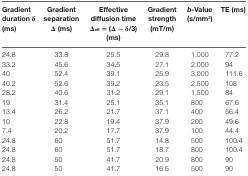
| Gradient duration δ (ms) | Gradient separation Δ (ms) | Effective diffusion time Δeff = (Δ − δ/3) (ms) | Gradient strength (mT/m) | b-Value (s/mm2) | TE (ms) |
 | --- | --- | --- | --- | --- | --- |
 | 24.8 | 33.8 | 25.5 | 29.8 | 1,000 | 77.2 |
 | 33.2 | 45.6 | 34.5 | 27.1 | 2,000 | 94 |
 | 40 | 52.4 | 39.1 | 25.9 | 3,000 | 111.6 |
 | 40.2 | 52.6 | 39.2 | 23.5 | 2,500 | 108 |
 | 28.2 | 40.6 | 31.2 | 29.1 | 1,500 | 84 |
 | 19 | 31.4 | 25.1 | 35.1 | 800 | 67.6 |
 | 13.4 | 26.2 | 21.7 | 37.1 | 400 | 56.4 |
 | 10 | 22.8 | 19.4 | 37.9 | 200 | 49.6 |
 | 7.4 | 20.2 | 17.7 | 37.9 | 100 | 44.4 |
 | 24.8 | 60 | 51.7 | 14.8 | 500 | 100.4 |
 | 24.8 | 60 | 51.7 | 18.7 | 800 | 100.4 |
 | 24.8 | 50 | 41.7 | 20.9 | 800 | 90 |
 | 24.8 | 50 | 41.7 | 16.5 | 500 | 90 |